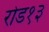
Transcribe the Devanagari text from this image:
रोड१३